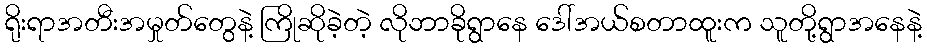
ရိုးရာအတီးအမှုတ်တွေနဲ့ ကြိုဆိုခဲ့တဲ့ လိုဘာခိုရွာနေ ဒေါ်အယ်စတာထူးက သူတို့ရွာအနေနဲ့